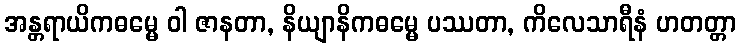
အန္တရာယိကဓမ္မေ ဝါ ဇာနတာ, နိယျာနိကဓမ္မေ ပဿတာ, ကိလေသာရီနံ ဟတတ္တာ